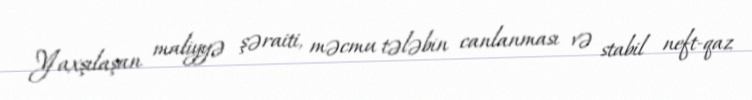
Yaxşılaşan maliyyə şəraiti, məcmu tələbin canlanması və stabil neft-qaz